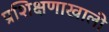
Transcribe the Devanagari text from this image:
प्रशिक्षणाखाली